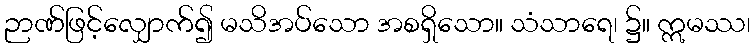
ဉာဏ်ဖြင့်လျှောက်၍ မသိအပ်သော အစရှိသော။ သံသာရေ၊ ၌။ ဣမဿ၊